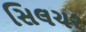
સિલચર